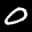
Label: 0